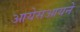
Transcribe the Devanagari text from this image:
आयेसआयने